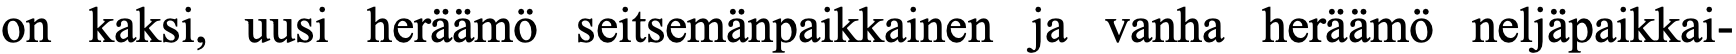
on kaksi, uusi heräämö seitsemänpaikkainen ja vanha heräämö neljäpaikkai-